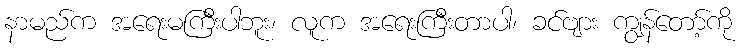
နာမည်က အရေးမကြီးပါဘူး၊ လူက အရေးကြီးတာပါ၊ ခင်ဗျား ကျွန်တော့်ကို